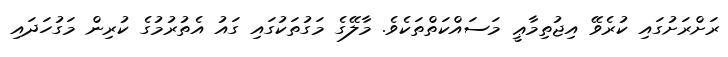
ރަށްރަށުގައި ކުރެވޭ އިޖުތިމާޢީ މަސައްކަތްތަކެވެ. މާލޭގެ މަގުތަކުގައި ގައު އެތުރުމުގެ ކުރިން މަގުހަދައި